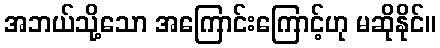
အဘယ်သို့သော အကြောင်းကြောင့်ဟု မဆိုနိုင်။